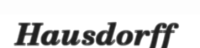
Hausdorff